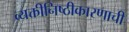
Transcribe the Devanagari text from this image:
व्यक्तीनिष्ठीकारणाची